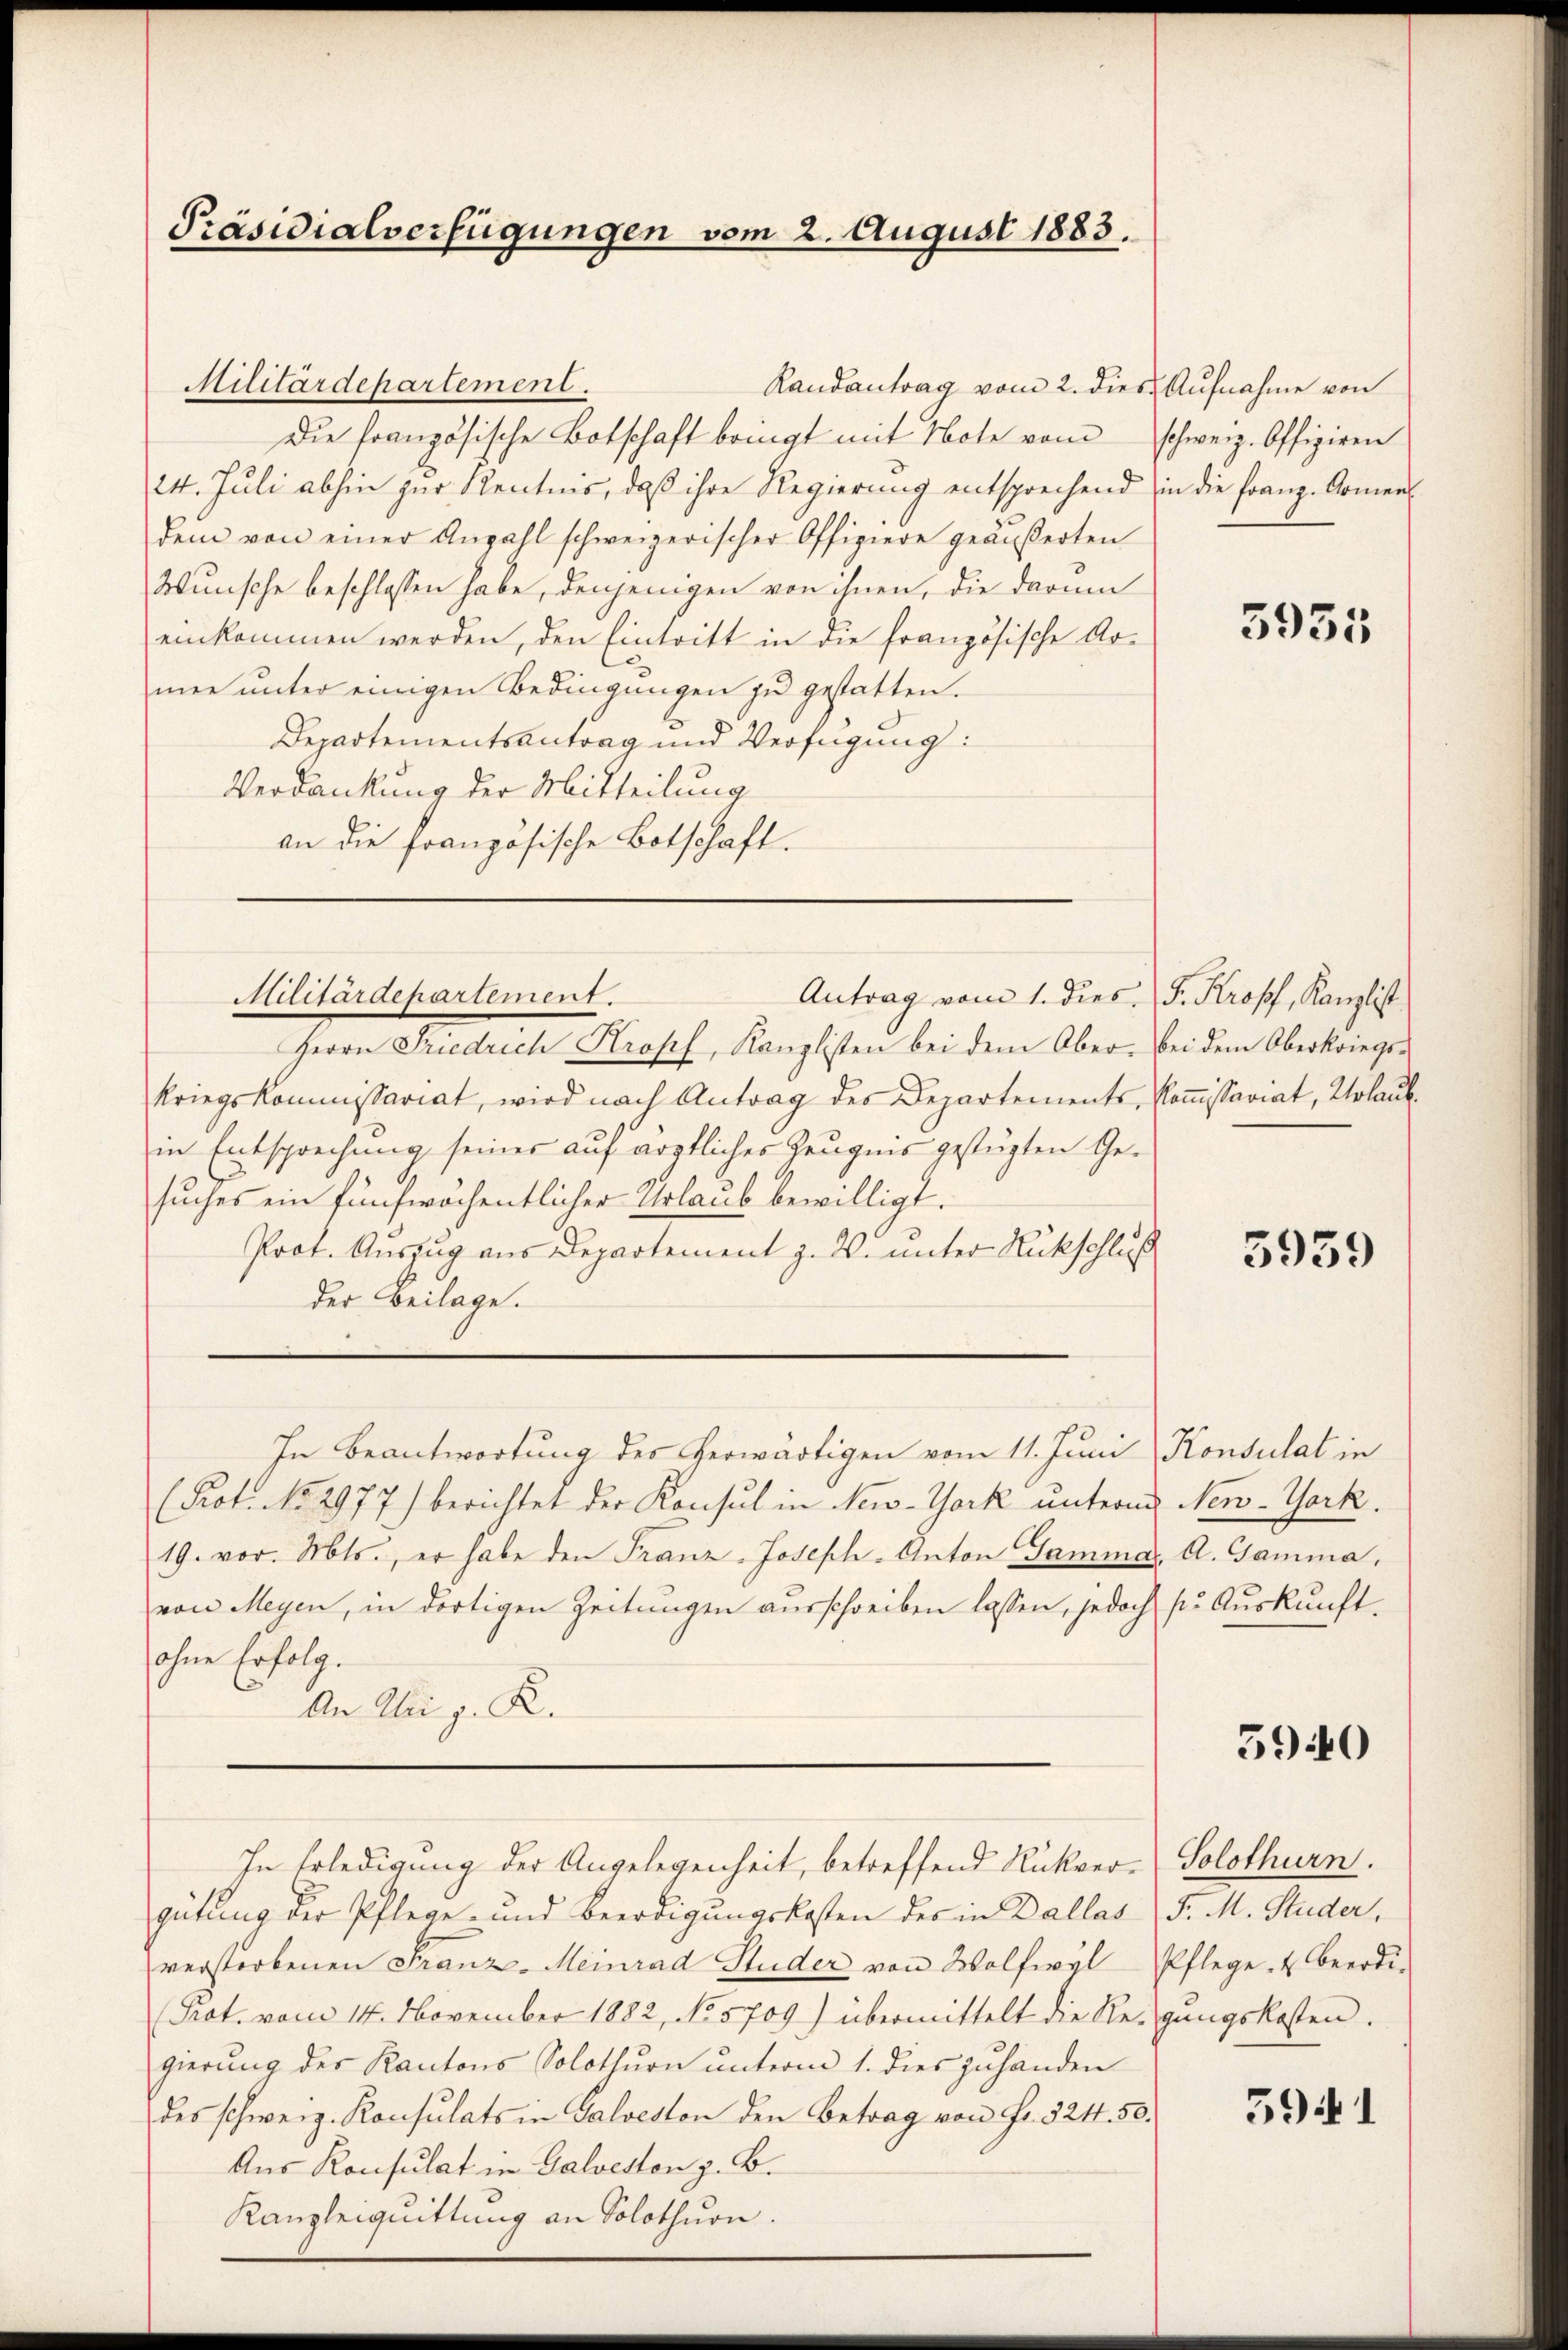
Präsidialverfügungen vom 2. August 1883.

Militärdepartement.
Die französische Botschaft bringt mit Note vom
24. Juli abhin zur Kentnis, daβ ihre Regierung entsprechend in die Franz-Comen
dem von einer Anzahl schweizerischer Offiziere geäußerten
Wunsche beschlossen habe, denjenigen von ihnen, die darum
einkommen werden, den Eintritt in die französische Armen unter einigen Bedingungen zu gestatten.
Departementsantrag und Verfügung:
Verdankung der Mitteilung
an die französische Botschaft.

Militärdepartement.

Herrn Friedrich Propf, Kanzlisten bei dem Ober- bei dem Oberkriegs-
kriegskommissariat, wird nach Antrag des Departements, Kommissariat, Urlaubin Entsprechung seiner auf ärztlicher Zeugnis gestüzten Gesuches ein fünfwochentlicher Urlaub bewilligt.
Prof. Auszug aus Departement z. W. unter Rückschluß
der Beilage.
In Beantwortung des herwärtigen vom 11. Juni Konsulat in
(Prot. No. 2977) berichtet der Konsul in New-York unterm New-York.
19. vor. Mts., er habe den Franz-Joseph-Anton Gammar. A. Gamma,
von Meyen, in dortigen Zeitungen ausschreiben lassen, jedoch k. Auskunft.
ohne Erfolg.
An Alei z. R.

Randantrag vom 2. dies Aufnahme von

Antrag vom 1. dies. (T. Kropf, Kanzlist

gütung der Pflege- und beerdigungskosten des in Dallas P. M. Studer,
verstorbenen Franz-Meinrad Huder von Wolfwyl-Pflege & Beerdi-
(Prot. vom 14. November 1882, No 5709) übermittelt die Regŭngskosten.
gierung des Kantons Solothurn unterm 1. dies zuhanden
des schweiz. Konsulats in Galveston den Betrag von Fr. 524. 50.
Aus Konsulat in Galveston z. B.
Kanzleiquittung an Solothurn.

In Erledigung der Angelegenheit, betreffend Rückver¬

schweiz. Offiziren

5951

5939

5940

Solothurn.

5941